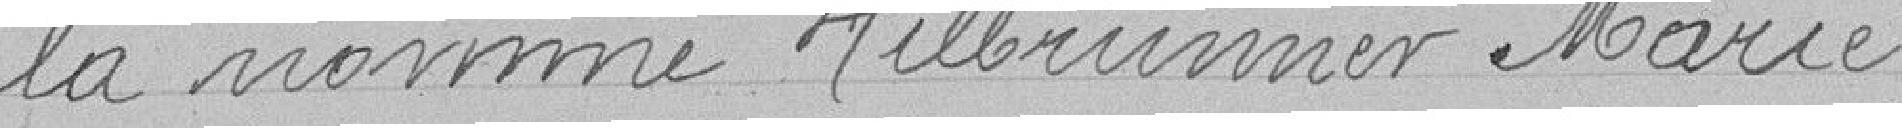
la nommée Hilbrunner Marie.